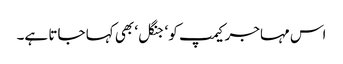
اس مہاجر کیمپ کو ‘جنگل‘ بھی کہا جاتا ہے۔